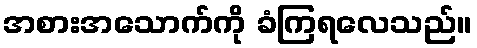
အစားအသောက်ကို ခံကြရလေသည်။